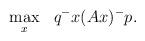
LaTeX: \begin{align*}\begin{aligned}&\max_{x}&&q^{-}x(Ax)^{-}p.\end{aligned}\end{align*}